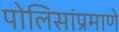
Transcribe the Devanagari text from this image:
पोलिसांप्रमाणे